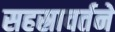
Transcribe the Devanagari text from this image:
सहस्रावर्तने